system: You are a helpful assistant.
user:
Analyze the provided spectrum to determine if it is a **Carbon Star (C-type)**.

- **Key Visual Indicators of Carbon Star:**
    - **(Primary):** Strong molecular absorption from **C₂ (diatomic carbon) "Swan Bands."** This is the **defining feature** of a carbon star.
        - **(Key Bandheads):** Sharp absorption edges are visible at approximately $5635$ Å, $5165$ Å (the strongest band), and $4737$ Å.
        - **(Line Profile):** Creates a distinct **"saw-tooth"** pattern. The key morphology is a sharp, steep bandhead on the **red (long-wavelength) side**, which then gradually tapers off (i.e., flux recovers) towards the **blue (short-wavelength) side**. *(This is the direct opposite of the TiO bands seen in M-type stars)*.

    - **(Secondary):** Intense **CN (cyanogen)** molecular absorption bands.
        - **(Key Bandheads):** Located in the blue and violet regions of the spectrum (e.g., near $4215$ Å and $3883$ Å).
        - **(Morphology):** These bands are extremely broad and act as a "blanket," absorbing the vast majority of blue and violet light. This creates a characteristic **"cliff"** or **"steep drop-off"** in the spectrum's flux at short wavelengths.

    - **(Key Confirmation):** Strong **CH absorption band (G-band)**.
        - **(Key Bandhead):** Located around $4300$ Å. The contribution from CH molecules to this band is exceptionally strong.

    - **(Overall Spectrum):**
        - The continuum is severely "chopped up" by these deep molecular bands, especially C₂, rather than appearing as a smooth curve.
        - Due to the heavy CN and C₂ absorption in the blue-green, the vast majority of the star's flux is concentrated in the red part of the spectrum, giving the star its characteristic deep red color.

Think first, call **spectral_visualization_tool** if needed to examine features in detail, then provide your final answer. Your response must adhere to the following strict rules:
1.  **Overall Structure:** Your response must follow the format `<think>...</think> <tool_call>...</tool_call> (if a tool is used) <answer>...</answer>`.
2.  **Tool Usage Constraint:** You may only make **one** tool call per turn.
3.  **Final Answer Format:** In the `<answer>` tag, your conclusion must be inside a `\boxed{}` command (e.g., `\boxed{YES}`), followed by your justification.

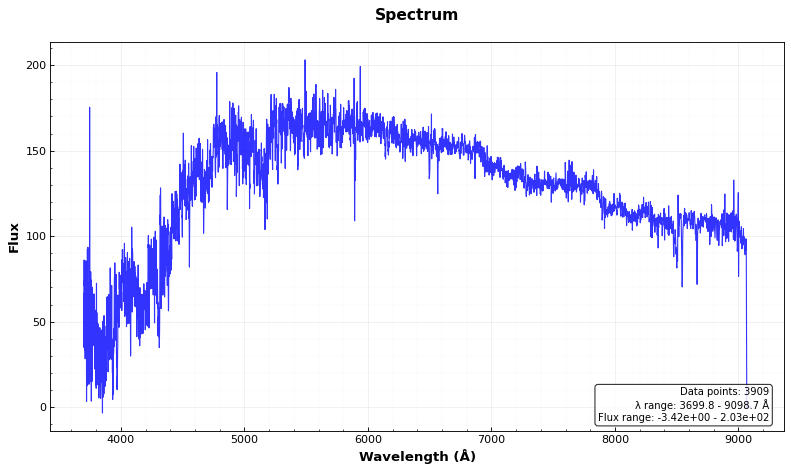
Answer: YES